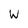
Character: W